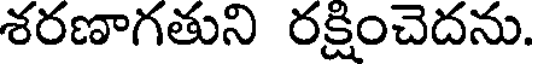
శరణాగతుని రక్షించెదను.